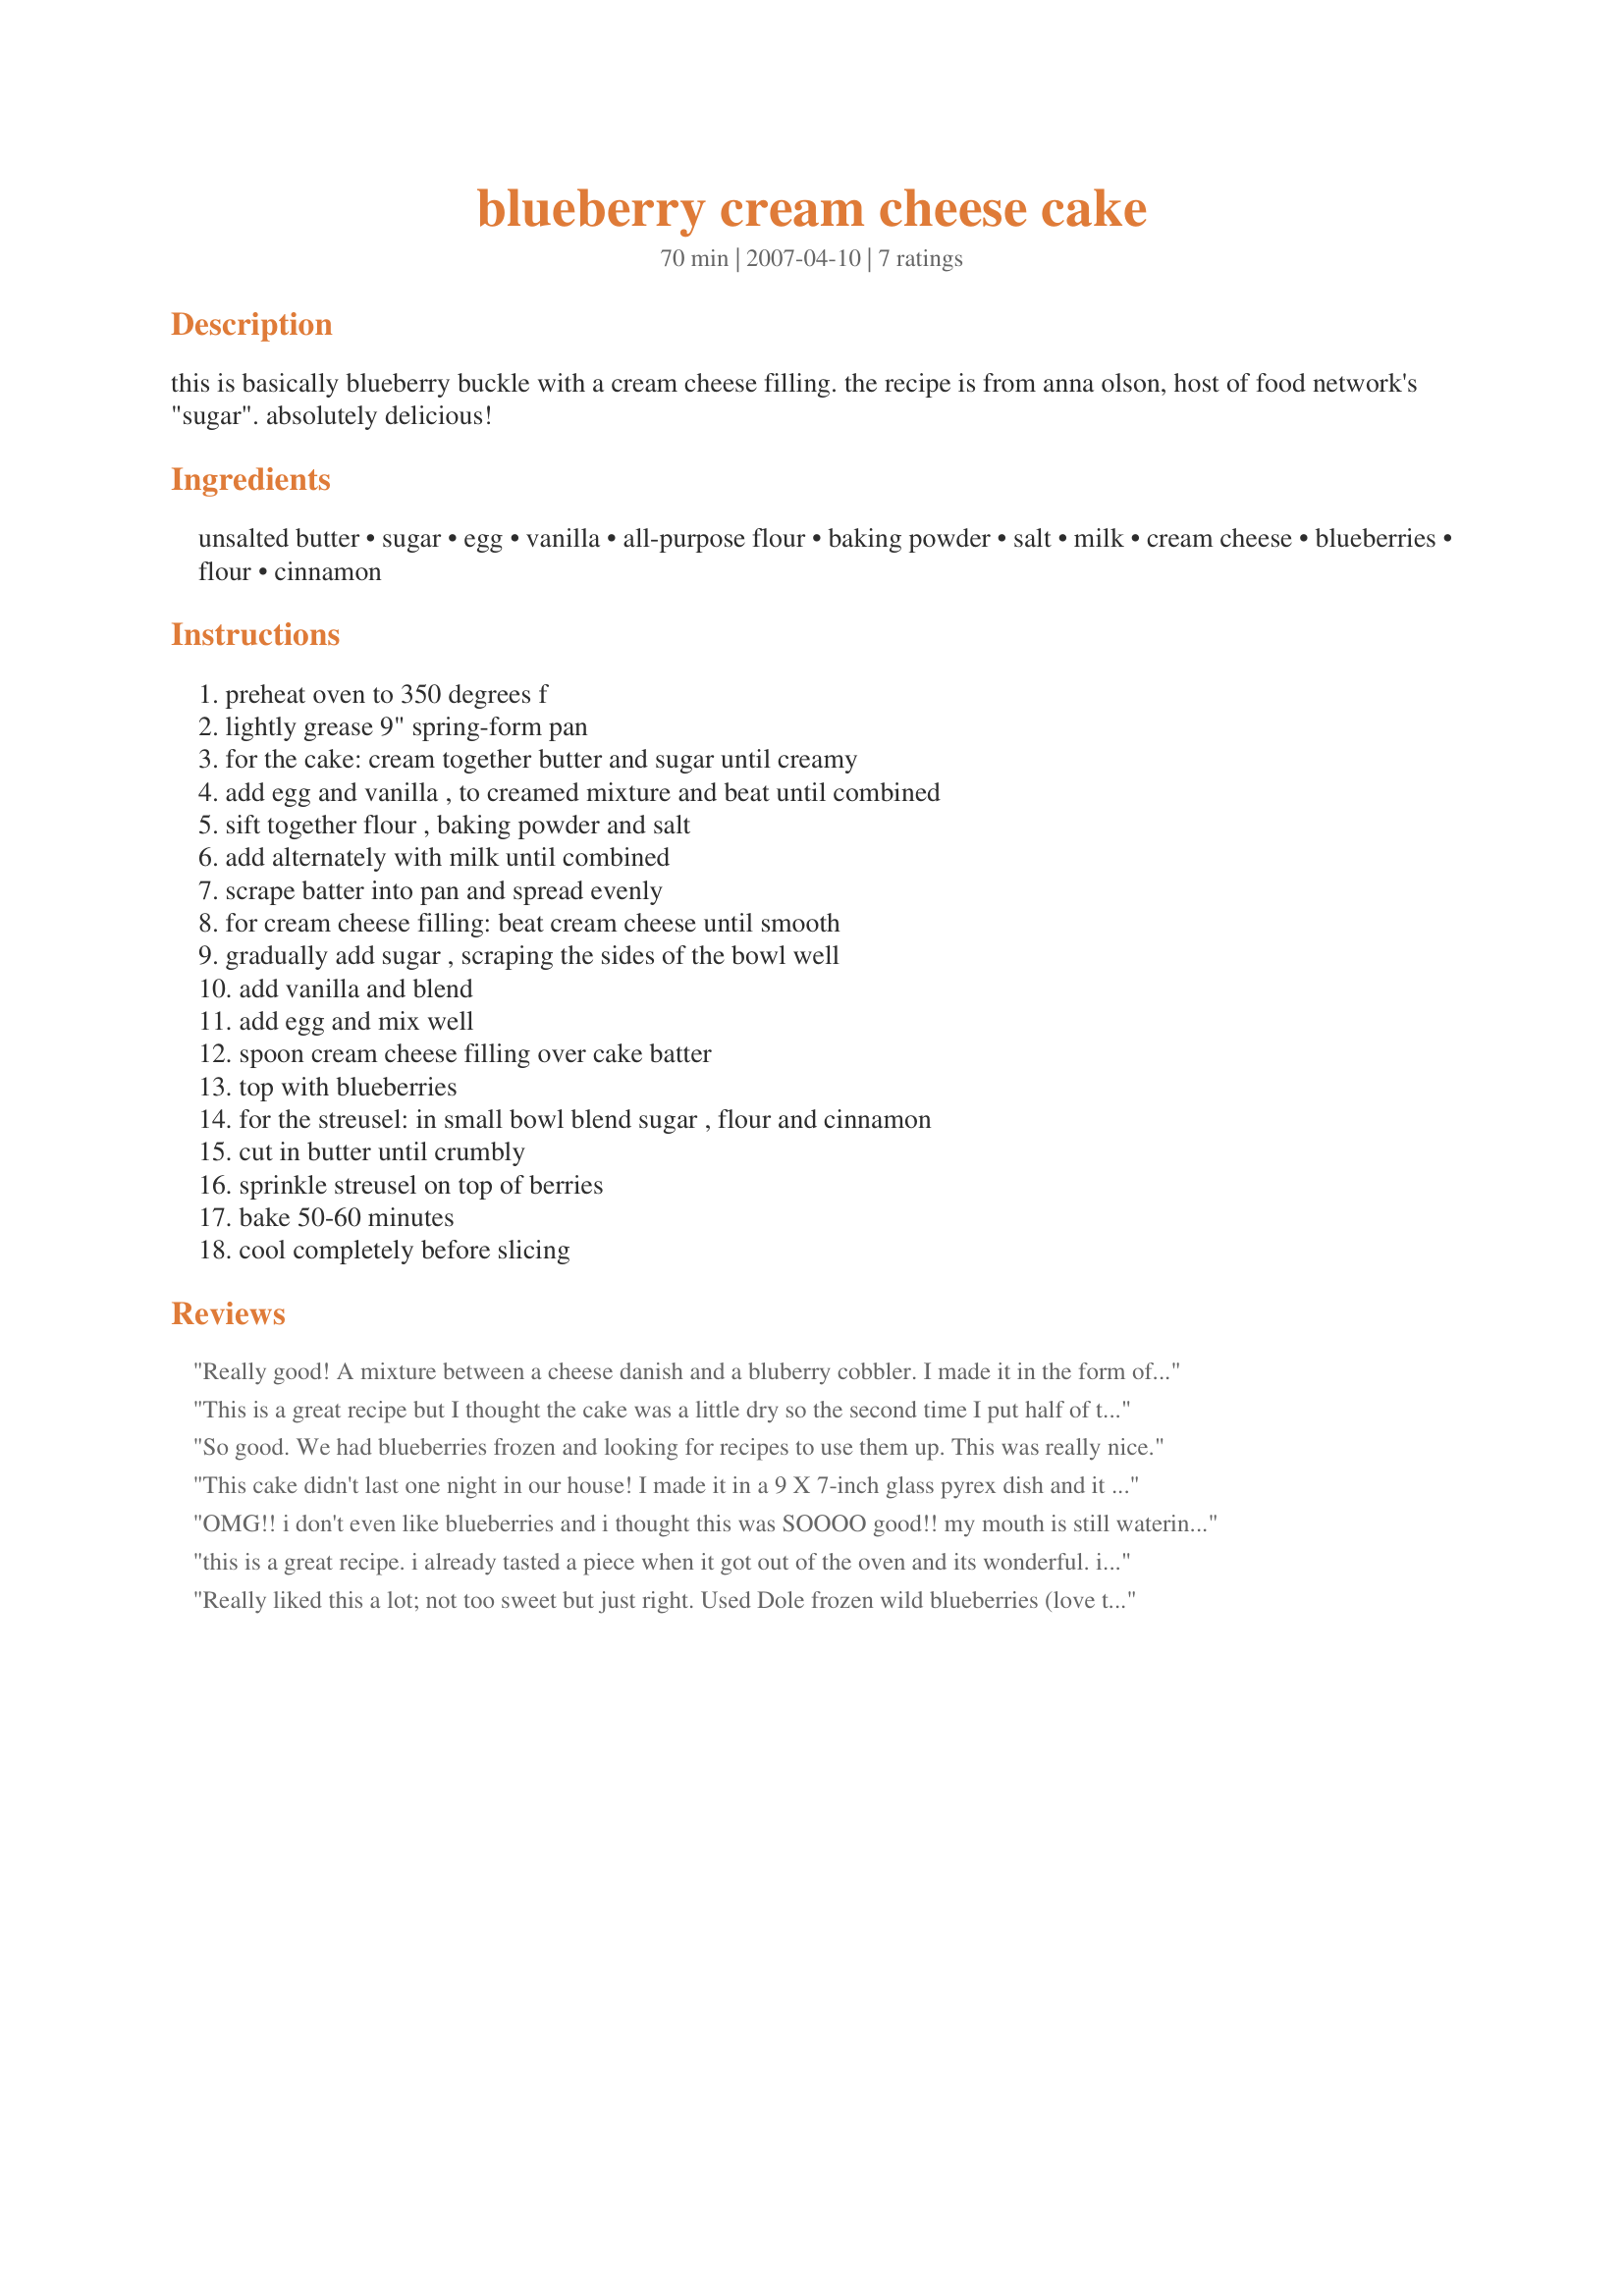
blueberry cream cheese cake
Preparation time: 70 minutes

this is basically blueberry buckle with a cream cheese filling. the recipe is from anna olson, host of food network's "sugar". absolutely delicious!

Ingredients:
unsalted butter, sugar, egg, vanilla, all-purpose flour, baking powder, salt, milk, cream cheese, blueberries, flour, cinnamon

Steps:
preheat oven to 350 degrees f, lightly grease 9" spring-form pan, for the cake: cream together butter and sugar until creamy, add egg and vanilla , to creamed mixture and beat until combined, sift together flour , baking powder and salt, add alternately with milk until combined, scrape batter into pan and spread evenly, for cream cheese filling: beat cream cheese until smooth, gradually add sugar , scraping the sides of the bowl well, add vanilla and blend, add egg and mix well, spoon cream cheese filling over cake batter, top with blueberries, for the streusel: in small bowl blend sugar , flour and cinnamon, cut in butter until crumbly, sprinkle streusel on top of berries, bake 50-60 minutes, cool completely before slicing

Reviews:
Really good! A mixture between a cheese danish and a bluberry cobbler. I made it in the form of cupcakes, and it turned out amazing, little individualize cakes :)
This is a great recipe but I thought the cake was a little dry so the second time I put half of the blueberries (1 cup) in the cake batter and the other cup in the cream cheese filling. Better.
So good. We had blueberries frozen and looking for recipes to use them up. This was really nice.
This cake didn't last one night in our house! I made it in a 9 X 7-inch glass pyrex dish and it was SO good! Thank you, snowangel!
OMG!! i don't even like blueberries and i thought this was SOOOO good!! my mouth is still watering. thanks for the great recipe! and i like blueberries now!
this is a great recipe. i already tasted a piece when it got out of the oven and its wonderful. its not to sweet or tart.just right.i used a bundt pan instead, and it worked just as well, thank you for sharing.
Really liked this a lot; not too sweet but just right. Used Dole frozen wild blueberries (love those) and fat free cream cheese and it still came out awesome. Definitely will make again! Thanks for posting.
